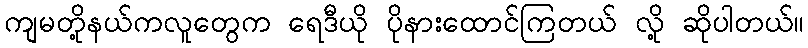
ကျမတို့နယ်ကလူတွေက ရေဒီယို ပိုနားထောင်ကြတယ် လို့ ဆိုပါတယ်။